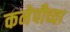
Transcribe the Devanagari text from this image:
कनेपीच्या